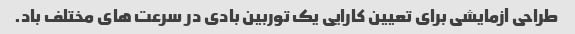
طراحی آزمایشی برای تعیین کارایی یک توربین بادی در سرعت های مختلف باد.